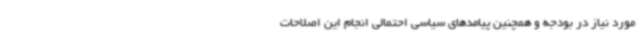
مورد نیاز در بودجه و همچنین پیامدهای سیاسی احتمالی انجام این اصلاحات